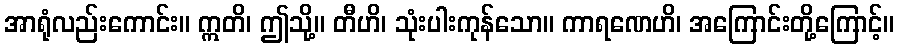
အာရုံလည်းကောင်း။ ဣတိ၊ ဤသို့။ တီဟိ၊ သုံးပါးကုန်သော။ ကာရဏေဟိ၊ အကြောင်းတို့ကြောင့်။